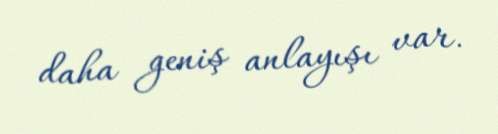
daha geniş anlayışı var.